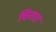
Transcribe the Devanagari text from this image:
चितारा